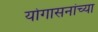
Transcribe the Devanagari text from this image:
योगासनांच्या